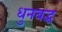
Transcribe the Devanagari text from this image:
धुनबद्ध